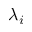
\lambda _ { i }